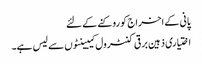
پانی کے اخراج کو روکنے کے لئے
اختیاری ذہین برقی کنٹرول کیبینٹوں سے لیس ہے۔